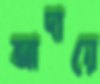
আদায়ে